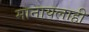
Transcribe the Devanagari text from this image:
मानायलाही